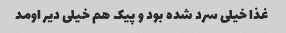
غذا خیلی سرد شده بود و پیک هم خیلی دیر اومد